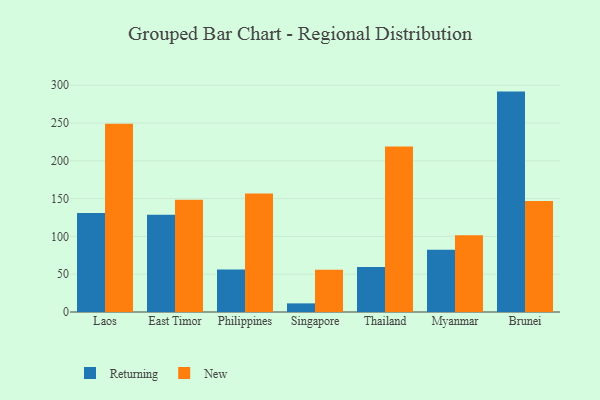
{"axis": {"x": "Country", "y": "Tickets Resolved"}, "legend": ["New", "Returning"], "data": [{"x": "Laos", "y": 130.9, "type": "Returning"}, {"x": "Laos", "y": 248.9, "type": "New"}, {"x": "East Timor", "y": 128.6, "type": "Returning"}, {"x": "East Timor", "y": 148.5, "type": "New"}, {"x": "Philippines", "y": 56.2, "type": "Returning"}, {"x": "Philippines", "y": 156.8, "type": "New"}, {"x": "Singapore", "y": 11.4, "type": "Returning"}, {"x": "Singapore", "y": 55.9, "type": "New"}, {"x": "Thailand", "y": 59.7, "type": "Returning"}, {"x": "Thailand", "y": 219.0, "type": "New"}, {"x": "Myanmar", "y": 82.2, "type": "Returning"}, {"x": "Myanmar", "y": 101.5, "type": "New"}, {"x": "Brunei", "y": 291.6, "type": "Returning"}, {"x": "Brunei", "y": 146.9, "type": "New"}]}